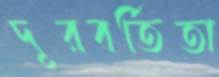
দূরবর্তিতা